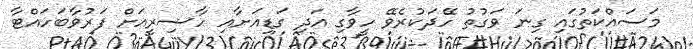
މަސައްކަތުގައި ގިނަ ވަގުތު ހޭދަކުރެވޭ ހީވާގި އަދި ގަޑިއަށާއި ހާޟިރީއަށް ފަރުވާބަހައްޓާ